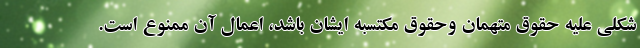
شکلی علیه حقوق متهمان وحقوق مکتسبه ایشان باشد، اعمال آن ممنوع است.